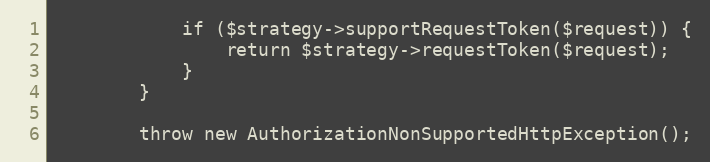
Language: PHP
            if ($strategy->supportRequestToken($request)) {
                return $strategy->requestToken($request);
            }
        }

        throw new AuthorizationNonSupportedHttpException();